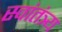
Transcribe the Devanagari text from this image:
स्वांतंत्र्य